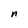
Character: n